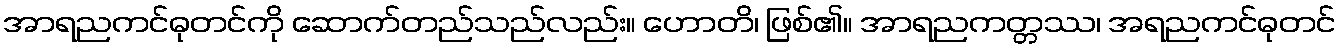
အာရညကင်ဓုတင်ကို ဆောက်တည်သည်လည်း။ ဟောတိ၊ ဖြစ်၏။ အာရညကတ္တဿ၊ အရညကင်ဓုတင်